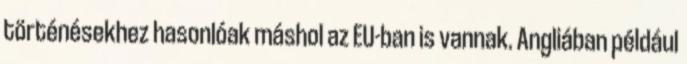
történésekhez hasonlóak máshol az EU-ban is vannak. Angliában például